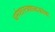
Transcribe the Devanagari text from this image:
धर्मशास्त्रशब्दकोषः